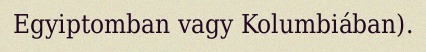
Egyiptomban vagy Kolumbiában).